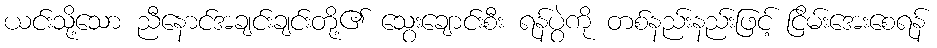
ယင်းသို့သော ညီနောင်အချင်းချင်းတို့၏ သွေးချောင်းစီး ရန်ပွဲကို တစ်နည်းနည်းဖြင့် ငြိမ်းအေးစေရန်